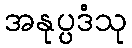
အနုပ္ပဒံသု